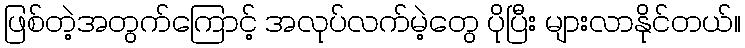
ဖြစ်တဲ့အတွက်ကြောင့် အလုပ်လက်မဲ့တွေ ပိုပြီး များလာနိုင်တယ်။